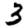
Digit: 3